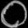
Digit: ၀